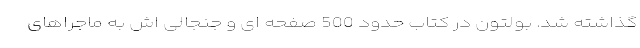
گذاشته شد. بولتون در کتاب حدود 500 صفحه ای و جنجالی اش به ماجراهای